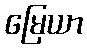
မြေယာ